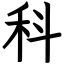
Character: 科